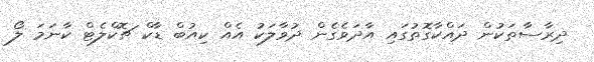
ދިރާސާތަކުން ދައްކާގޮތުގައި އާދަވެގެން ދުވާލަކު އެއް ކިއުބް ޑާކް ޗޮކްލެޓް ކާނަމަ ލޯ